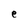
Character: e